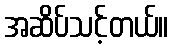
အဆိပ်သင့်တယ်။